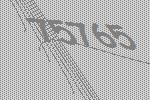
75765